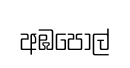
අඹපොල්